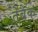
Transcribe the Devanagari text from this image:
तेबैक